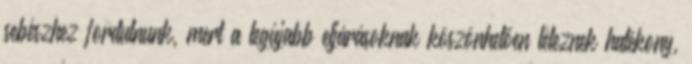
sebészhez fordulnunk, mert a legújabb eljárásoknak köszönhetően léteznek hatékony,